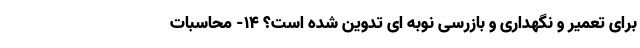
برای تعمیر و نگهداری و بازرسی نوبه ای تدوین شده است؟ ۱۴- محاسبات